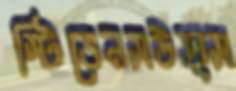
স্টিভেনসউত্স